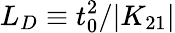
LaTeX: L_{D}\equiv t_{0}^{2}/|K_{21}|